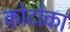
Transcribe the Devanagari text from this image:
कोटोका